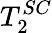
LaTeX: T_{2}^{SC}